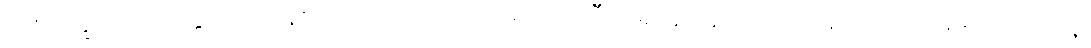
(၆) ဒက္ခိဏေယျတ္တိ - ရဟန်းသံဃာကောင်း၊ သရဏဂုံသီလရှိသူ လူကောင်းသူကောင်းဟူသော အလှူ